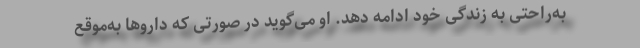
به‌راحتی به زندگی خود ادامه دهد. او می‌گوید در صورتی که داروها به‌موقع